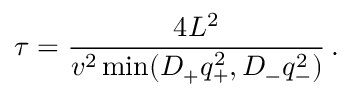
\tau = \frac { 4 L ^ { 2 } } { v ^ { 2 } \operatorname* { m i n } ( D _ { + } q _ { + } ^ { 2 } , D _ { - } q _ { - } ^ { 2 } ) } \, .